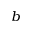
^ { b }